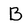
Character: B